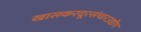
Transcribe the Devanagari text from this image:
खासकरदूरसंचारउद्योग